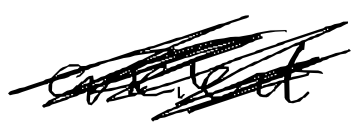
Text: ancient
Cross-out: scratch
Writing tool: digital_black